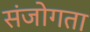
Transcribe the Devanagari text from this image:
संजोगता